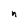
Character: n